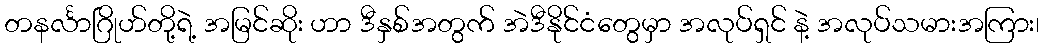
တနင်္လာဂြိုဟ်တို့ရဲ့ အမြင်ဆိုး ဟာ ဒီနှစ်အတွက် အဲဒီနိုင်ငံတွေမှာ အလုပ်ရှင် နဲ့ အလုပ်သမားအကြား၊